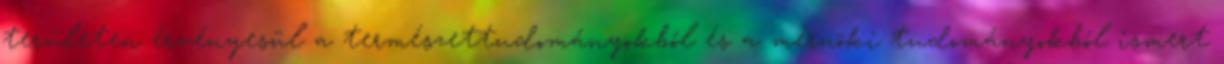
területen érvényesül a természettudományokból és a mérnöki tudományokból ismert